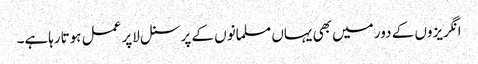
انگریزوں کے دور میں بھی یہاں مسلمانوں کے پرسنل لاپر عمل ہوتارہاہے۔